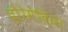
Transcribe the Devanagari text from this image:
दोरेमेदिया